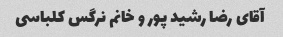
آقای رضا رشید پور و خانم نرگس کلباسی